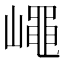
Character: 𡽑